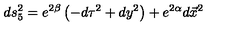
d s _ { 5 } ^ { 2 } = e ^ { 2 \beta } \left( - d \tau ^ { 2 } + d y ^ { 2 } \right) + e ^ { 2 \alpha } d \vec { x } ^ { 2 }